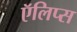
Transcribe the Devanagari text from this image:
ऍलिप्स